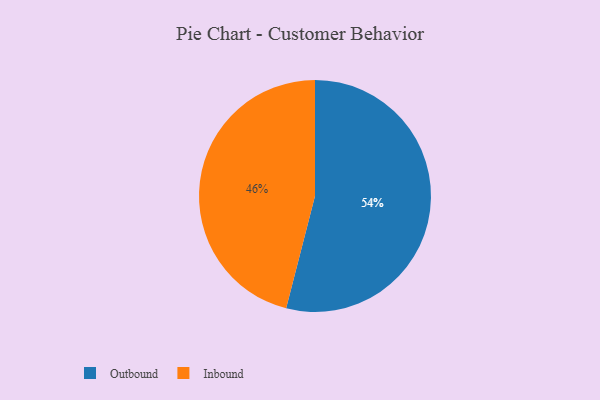
{"axis": {"x": "Category", "y": "Percentage"}, "legend": ["Inbound", "Outbound"], "data": [{"x": "Outbound", "y": 54, "type": "Outbound"}, {"x": "Inbound", "y": 46, "type": "Inbound"}]}